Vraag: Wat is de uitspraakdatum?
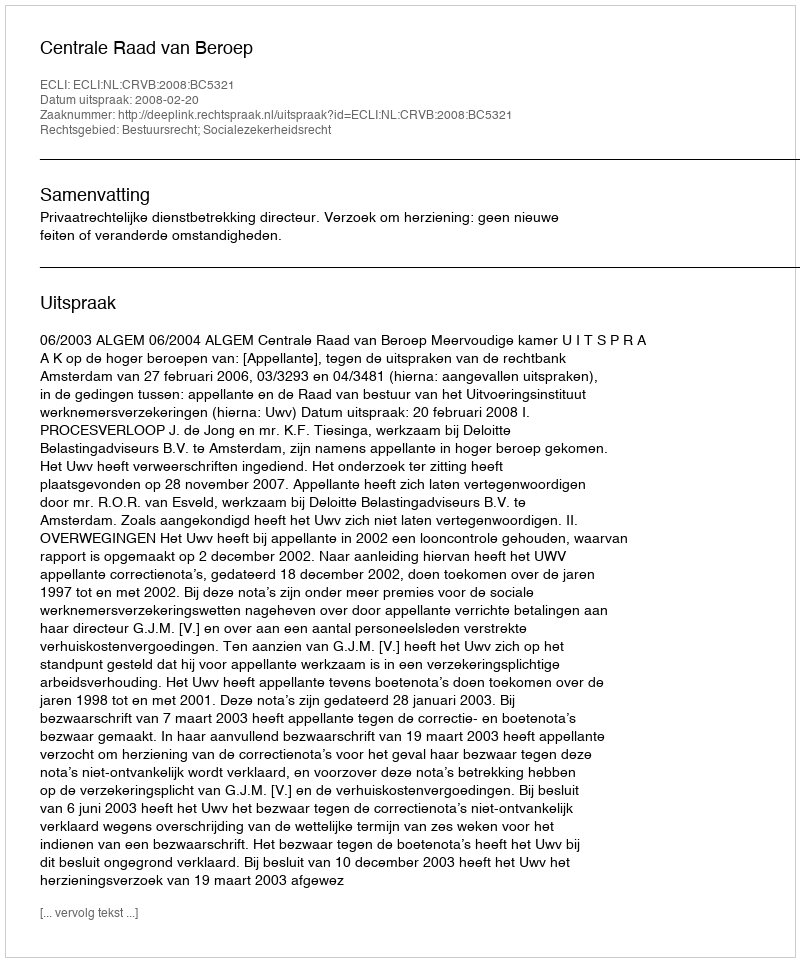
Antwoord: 2008-02-20